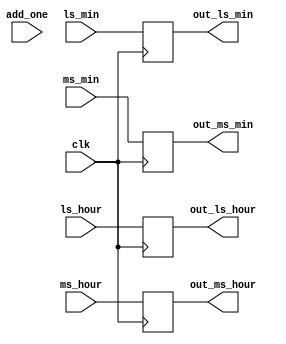
// BCD Clock  hours/minutes
//
// Add one minute. Ripple carry.
// Powered by Brute Force, Ignorance, and Caffeine.
//
// ECE 4/530 Fall 2012
//
// David Poole 28-Oct-2012
//

`timescale 1 ns / 10 ps

module bcd_clock( input clk, 
//                  input reset,
                  input add_one,
                  input [3:0] ms_hour,
                  input [3:0] ls_hour, 
                  input [3:0] ms_min,
                  input [3:0] ls_min,
                  
                  output reg [3:0] out_ms_hour,
                  output reg [3:0] out_ls_hour, 
                  output reg [3:0] out_ms_min,
                  output reg [3:0] out_ls_min 
                  
                  );

    reg [3:0] int_ms_hour=0;
    reg [3:0] int_ls_hour=0;
    reg [3:0] int_ms_min=0;
    reg [3:0] int_ls_min=0;

//    always @(posedge(reset), posedge(clk)) 
    always @(posedge(clk)) 
    begin
//        if( reset ) 
//        begin
//            out_ms_hour <= ms_hour;
//            out_ls_hour <= ls_hour;
//            out_ms_min <= ms_min;
//            out_ls_min <= ls_min;
////            out_ms_hour <= 0;
////            out_ls_hour <= 0;
////            out_ms_min <= 0;
////            out_ls_min <= 0;
//        end
//        else 
        begin
            out_ms_hour <= ms_hour;
            out_ls_hour <= ls_hour;
            out_ms_min <= ms_min;
            out_ls_min <= ls_min;

            if( add_one ) 
            begin
                int_ls_min <= int_ls_min+1;
                if( int_ls_min == 10 )
                begin
                    // ls_minutes overflows to ms_minutes 
                    int_ls_min <= 0;
                    int_ms_min <= int_ms_min+1;
                    if( int_ms_min == 6 )
                    begin
                        // minutes rolls over into hours
                        int_ms_min <= 0;
                        int_ls_hour <= int_ls_hour+1;
                        if( int_ls_hour==10 )
                        begin
                            // ls_hours overflows to ms_hours
                            int_ls_hour<=0;
                            int_ms_hour <= int_ms_hour + 1;
                        end
                        else if ( int_ms_hour==2 && int_ls_hour==4 ) 
                        begin
                            // rollover midnight to next day (00:00)
                            int_ls_hour <= 0;
                            int_ms_hour <= 0;
                        end
                    end
                end
            end
        end
    end /* yikes */

//    assign out_ms_hour = int_ms_hour;
//    assign out_ls_hour = int_ls_hour;
//    assign out_ms_min = int_ms_min;
//    assign out_ls_min = int_ls_min;

endmodule